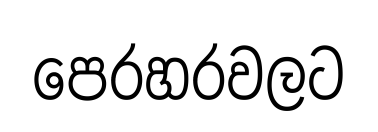
පෙරහරවලට